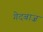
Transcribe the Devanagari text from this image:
गेदबाज़